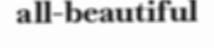
all-beautiful